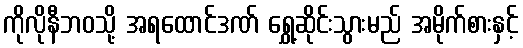
ကိုလိုနီဘဝသို့ အရထောင်ဒဏ် ရွှေ့ဆိုင်းသွားမည် အမိုက်စားနှင့်